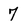
Character: 7